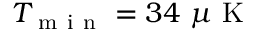
T _ { \mathrm { ~ m ~ i ~ n ~ } } = 3 4 ~ \mu \mathrm { ~ K ~ }